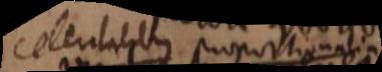
celeritatibus proportionalia